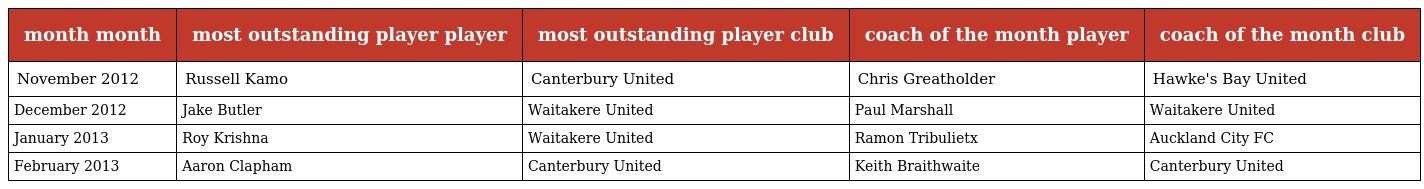
| month month | most outstanding player player | most outstanding player club | coach of the month player | coach of the month club |
 | --- | --- | --- | --- | --- |
 | November 2012 | Russell Kamo | Canterbury United | Chris Greatholder | Hawke's Bay United |
 | December 2012 | Jake Butler | Waitakere United | Paul Marshall | Waitakere United |
 | January 2013 | Roy Krishna | Waitakere United | Ramon Tribulietx | Auckland City FC |
 | February 2013 | Aaron Clapham | Canterbury United | Keith Braithwaite | Canterbury United |